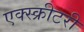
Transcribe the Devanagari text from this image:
एक्स्क्रीटरी